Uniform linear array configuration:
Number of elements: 32
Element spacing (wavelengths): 0.5
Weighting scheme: uniform
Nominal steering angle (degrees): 0
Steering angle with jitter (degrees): -0.6569
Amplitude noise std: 0.05
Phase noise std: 0.05

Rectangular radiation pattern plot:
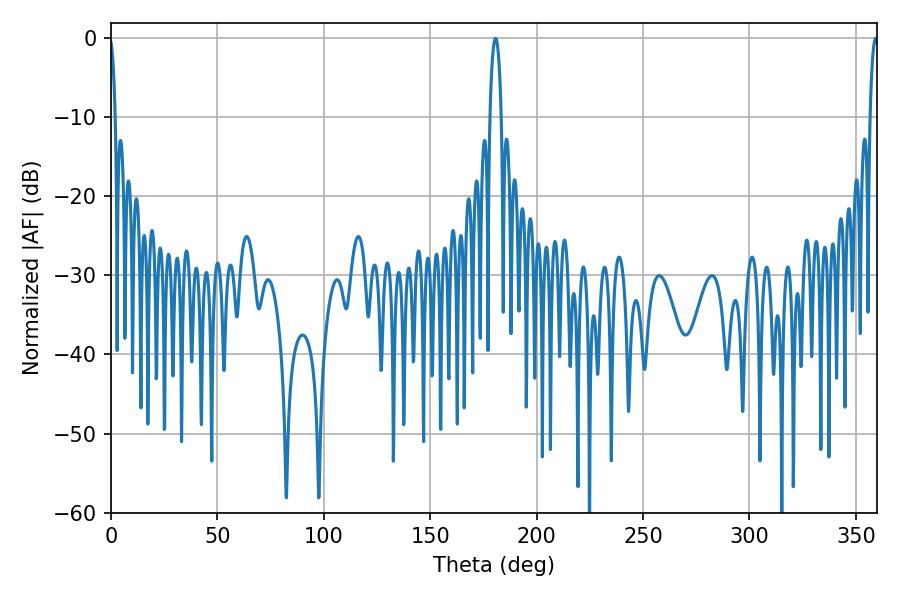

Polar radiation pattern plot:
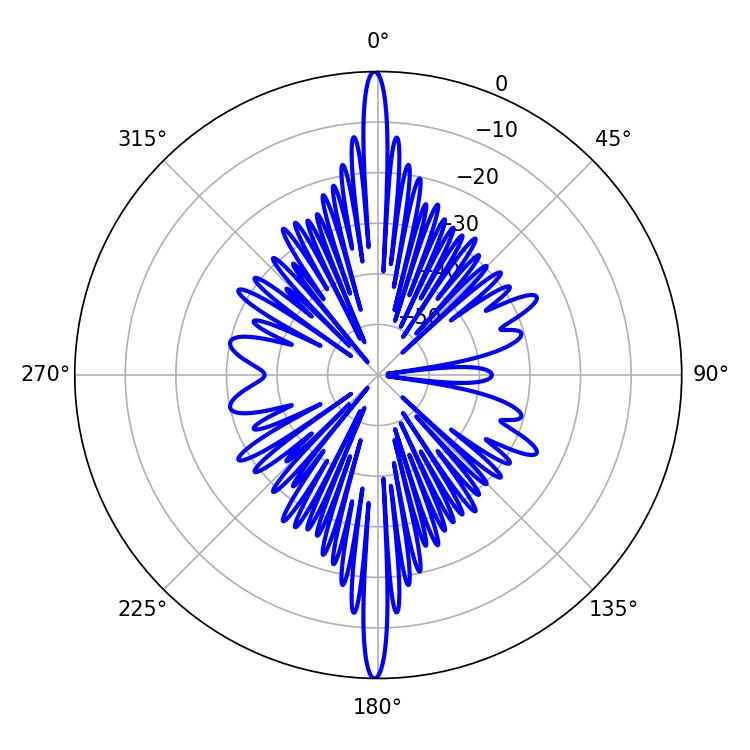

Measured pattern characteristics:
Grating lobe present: FALSE
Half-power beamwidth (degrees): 2.16
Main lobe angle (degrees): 359.28